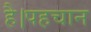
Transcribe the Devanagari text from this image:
है।पहचान